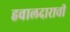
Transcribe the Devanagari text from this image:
हवालदाराची